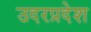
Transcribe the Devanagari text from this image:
उदरप्रदेश